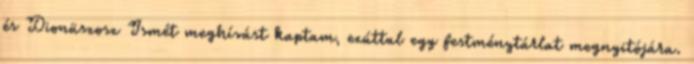
és Dionüszosz Ismét meghívást kaptam, ezúttal egy festménytárlat megnyitójára.